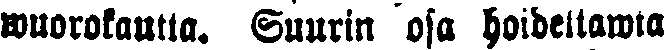
wuorokautta. Suurin osa hoidettawia